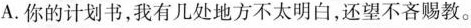
A.你的计划书，我有几处地方不太明白，还望不吝赐教。